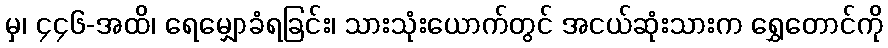
မှ၊ ၄၄၆-အထိ၊ ရေမျှောခံရခြင်း၊ သားသုံးယောက်တွင် အငယ်ဆုံးသားက ရွှေတောင်ကို